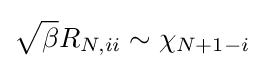
{\sqrt {\beta }}R_{N,ii}\sim \chi _{N+1-i}